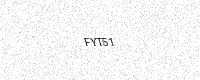
Text: FYT51